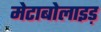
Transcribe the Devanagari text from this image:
मेटाबोलाइड़